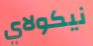
نيكولاي